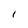
Character: I